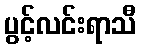
ပွင့်လင်းရာသီ